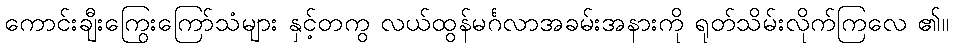
ကောင်းချီးကြွေးကြော်သံများ နှင့်တကွ လယ်ထွန်မင်္ဂလာအခမ်းအနားကို ရုတ်သိမ်းလိုက်ကြလေ ၏။